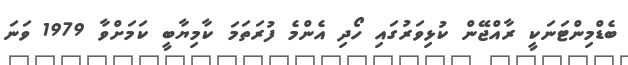
ބެޑްމިންޓަނަކީ ރާއްޖޭން ކުޅިވަރުގައި ހޯދި އެންމެ ފުރަތަމަ ކާމިޔާބީ ކަމަށްވާ 1979 ވަނަ